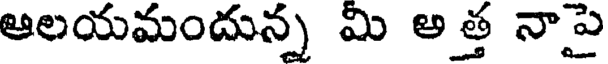
ఆలయమందున్న మి అత్త నాపై